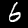
Label: 6